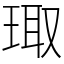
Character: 㻓